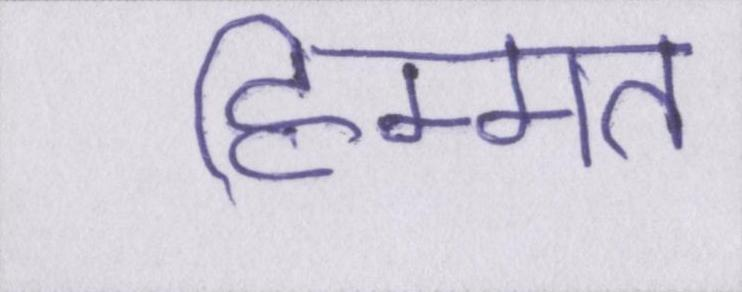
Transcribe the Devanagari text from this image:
हिम्मत